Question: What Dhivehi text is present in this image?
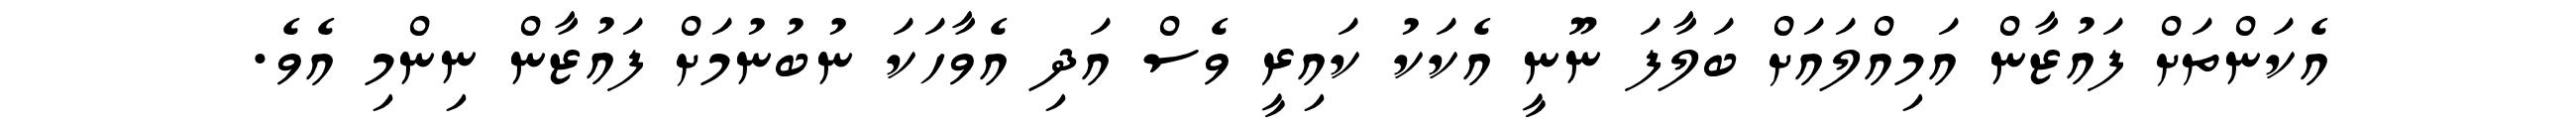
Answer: އެކަންތަށް ފައުޒާން އަމިއްލައަށް ބަލާފަ ނޫނީ އެކަކު ކައިރީ ވެސް އަދި އެވާހަކަ ނުބުނުމަށް ފައުޒާން ނިންމި އެވެ.